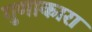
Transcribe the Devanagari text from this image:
गुणाकारा